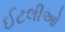
ઈટલીઓ